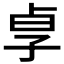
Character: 𡥣